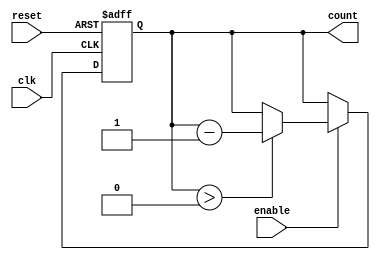
module down_counter (
    input wire clk,      // Clock signal
    input wire enable,   // Enable signal to decrement counter
    input wire reset,    // Reset signal to set counter to max value
    output reg [N-1:0] count  // Current value of the counter
);
    parameter N = 8;  // Specify the width of the counter, e.g., N = 8 for 0 to 255

    // Define the maximum value based on the width of the counter
    localparam MAX_COUNT = (1 << N) - 1; // Maximum count value (2^N - 1)

    always @(posedge clk or posedge reset) begin
        if (reset) begin
            // Asynchronous reset to maximum value
            count <= MAX_COUNT;
        end else if (enable) begin
            // Enable is active, decrement the counter if not zero
            if (count > 0) begin
                count <= count - 1;
            end
            // If count is already 0, it will stay at 0
        end
        // If enable is low, do nothing (hold current value)
    end

    // Initialize the counter to maximum value on power-up
    initial begin
        count = MAX_COUNT;
    end

endmodule